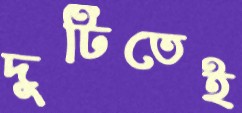
দুটিতেই